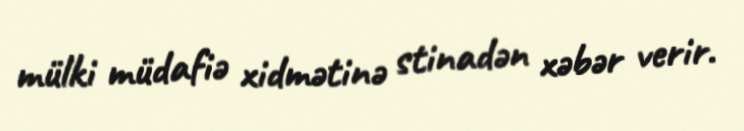
mülki müdafiə xidmətinə stinadən xəbər verir.